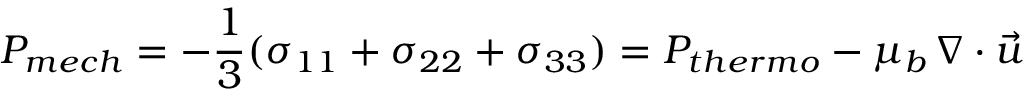
{ P } _ { m e c h } = - \frac { 1 } { 3 } ( \sigma _ { 1 1 } + \sigma _ { 2 2 } + \sigma _ { 3 3 } ) = P _ { t h e r m o } - \mu _ { b } \, \nabla \cdot \vec { u }